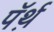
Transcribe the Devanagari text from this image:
पॅर्थ़